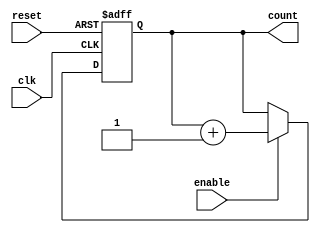
module cascaded_counter #(
    parameter N = 4  // Number of flip-flops (bits in the counter)
)(
    input wire clk,       // Clock signal
    input wire reset,     // Asynchronous reset signal
    input wire enable,    // Enable signal
    output reg [N-1:0] count // Counter output
);

// Always block for counter operation
always @(posedge clk or posedge reset) begin
    if (reset) begin
        count <= 0; // Reset the counter to zero
    end else if (enable) begin
        count <= count + 1; // Increment the counter
    end
end

endmodule